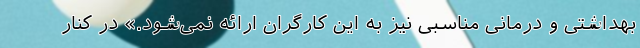
بهداشتی و درمانی مناسبی نیز به این کارگران ارائه نمی‌شود.» در کنار